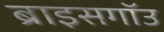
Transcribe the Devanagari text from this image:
ब्राइसगॉउ